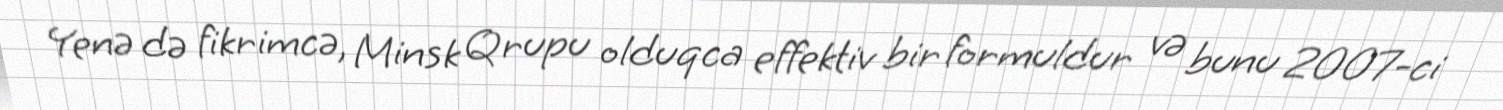
Yenə də fikrimcə, Minsk Qrupu olduqca effektiv bir formuldur və bunu 2007-ci